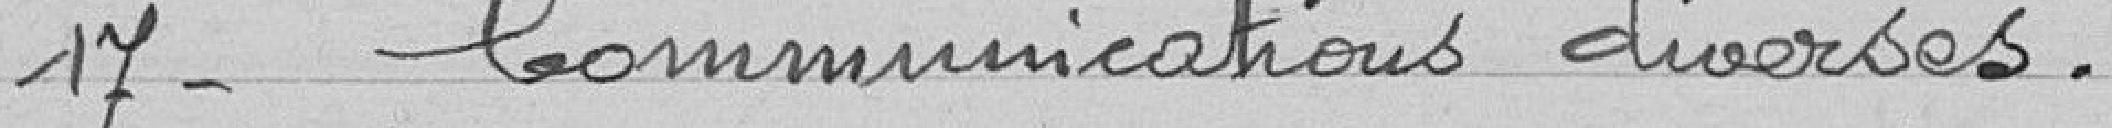
17 - Communications diverses.